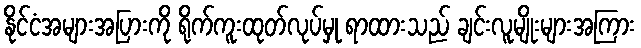
နိုင်ငံအများအပြားကို ရိုက်ကူးထုတ်လုပ်မှု ရာထားသည် ချင်းလူမျိုးများအကြား